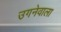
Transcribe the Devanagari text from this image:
उगनेवाला